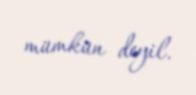
mümkün deyil.